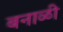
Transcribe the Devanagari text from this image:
बनाळी